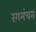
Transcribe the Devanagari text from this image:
रंगमंचन